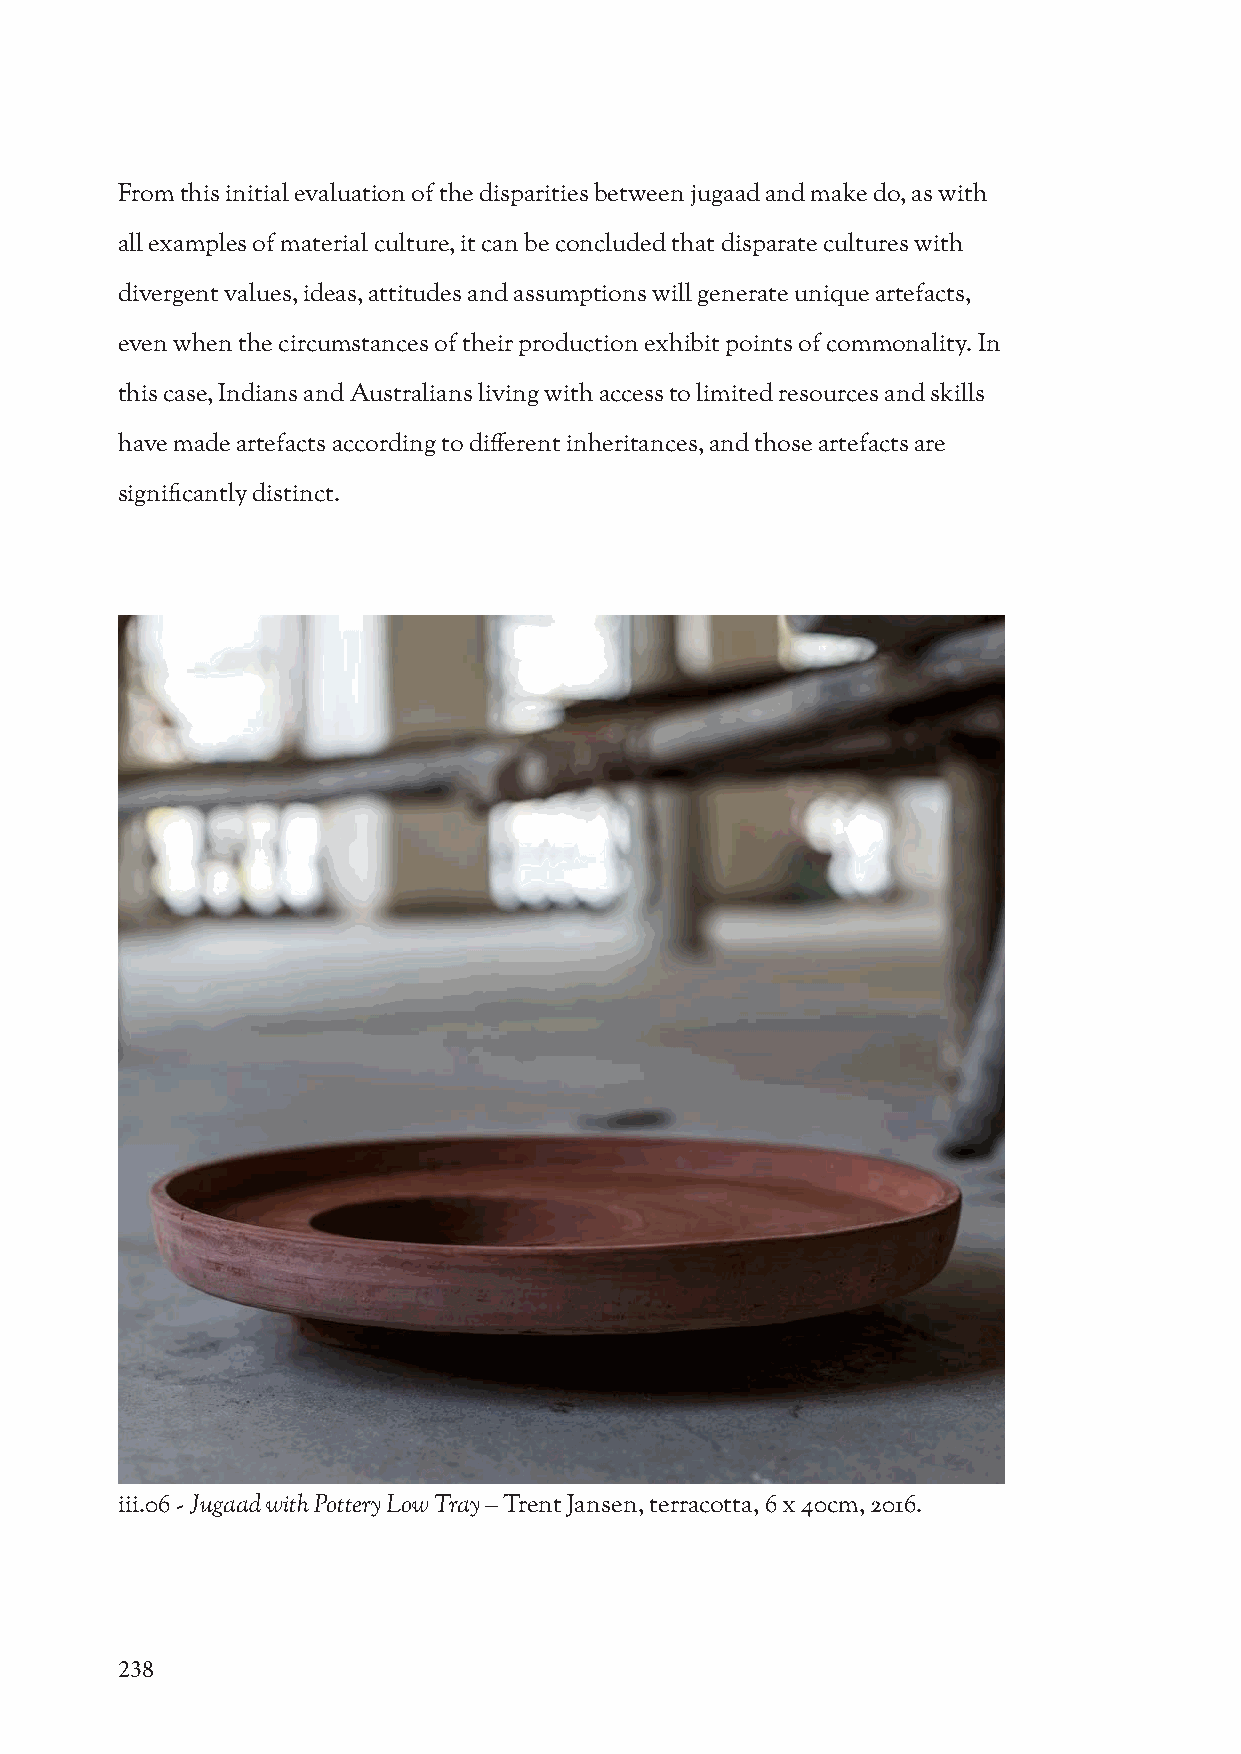
From this initial evaluation of the disparities between jugaad and make do, as with
 all examples of material culture, it can be concluded that disparate cultures with
 divergent values, ideas, attitudes and assumptions will generate unique artefacts,
 even when the circumstances of their production exhibit points of commonality. In
 this case, Indians and Australians living with access to limited resources and skills
 have made artefacts according to different inheritances, and those artefacts are
 significantly distinct.
 iii.06 - Jugaad with Pottery Low Tray – Trent Jansen, terracotta, 6 x 40cm, 2016.
 238